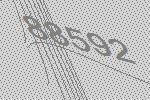
88592